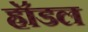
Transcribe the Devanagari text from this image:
हॉडल